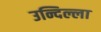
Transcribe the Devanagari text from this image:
उन्दिल्ला